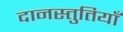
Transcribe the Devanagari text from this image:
दानस्तुतियाँ